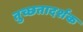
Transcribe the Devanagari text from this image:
तुच्छतादर्शक